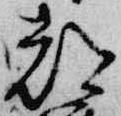
都